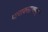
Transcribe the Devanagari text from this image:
पाराक्सान्थाइन